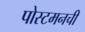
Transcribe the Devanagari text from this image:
पोस्टमनची